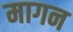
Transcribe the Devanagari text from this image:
मागन